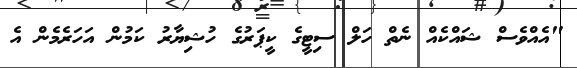
"އެއްވެސް ޝައްކެއް ނެތް ހަލް ސިޓީގެ ކީޕަރުގެ ހުޝިޔާރު ކަމުން އަހަރެމެން އެ